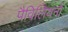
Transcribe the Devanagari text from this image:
पैविलियनों